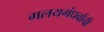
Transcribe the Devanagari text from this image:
मलयगंधर्वाची